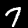
Label: 7